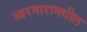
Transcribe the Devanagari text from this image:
आरमारामधील